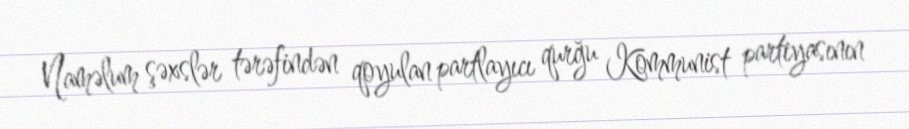
Naməlum şəxslər tərəfindən qoyulan partlayıcı qurğu Kommunist partiyasının